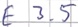
Text: E3.5